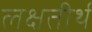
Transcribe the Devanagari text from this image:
लक्षतीर्थ